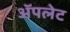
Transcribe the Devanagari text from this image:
अॅपलेट